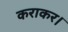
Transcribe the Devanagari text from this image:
कराकर।